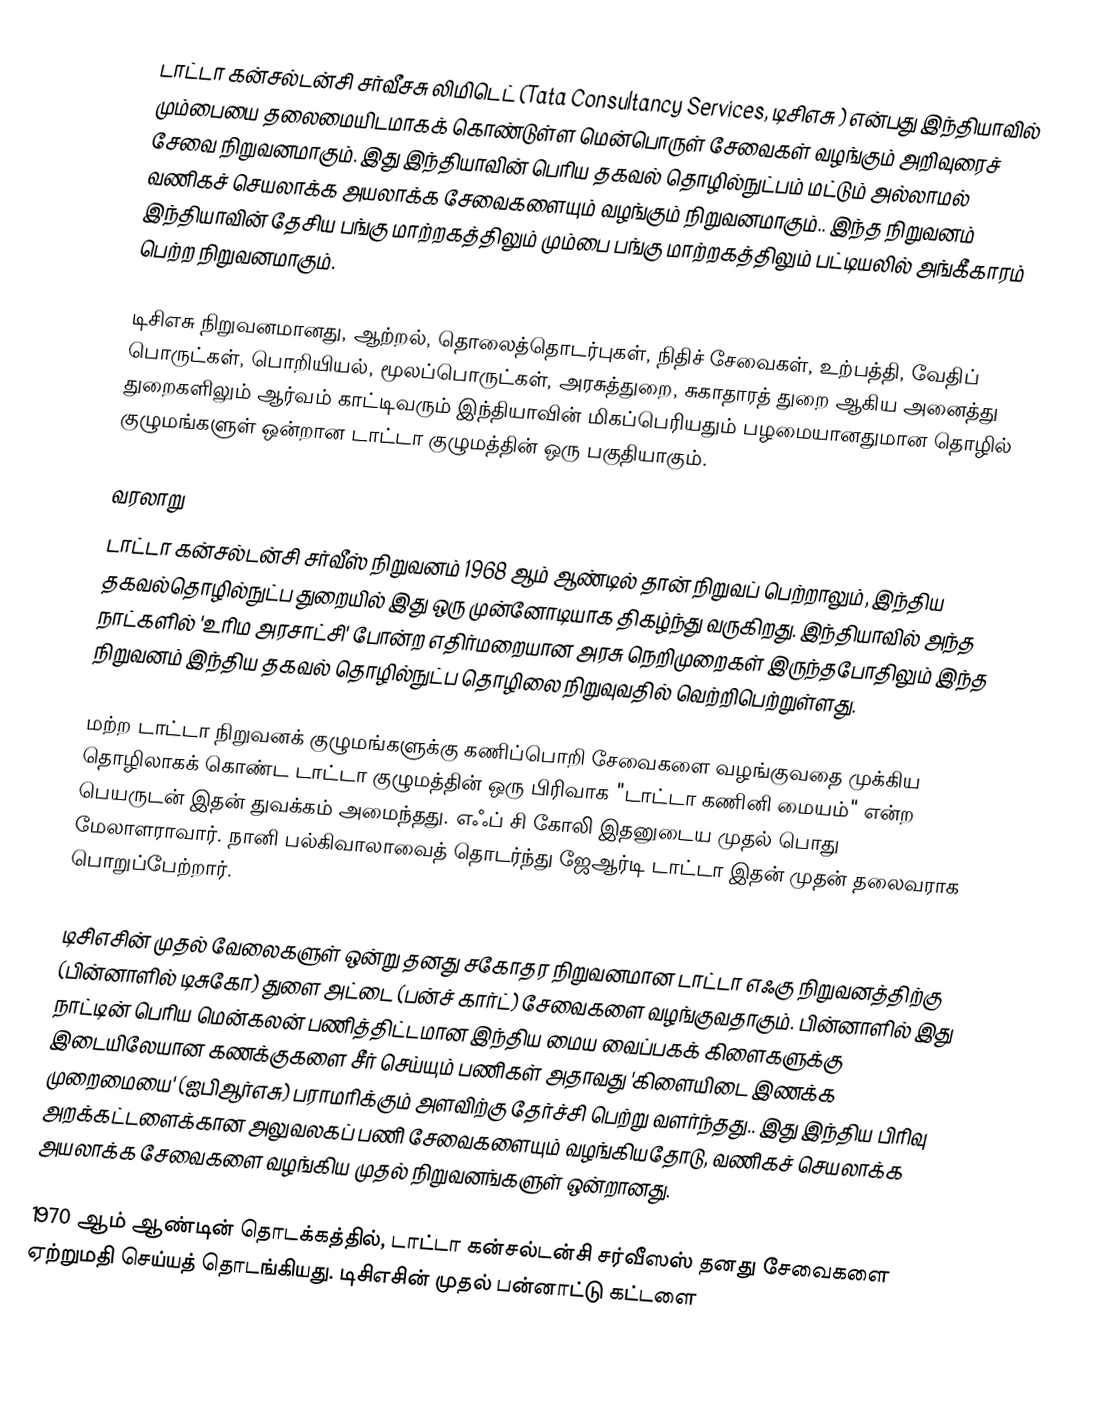
டாட்டா கன்சல்டன்சி சர்வீசசு லிமிடெட் (Tata Consultancy Services, டிசிஎசு ) என்பது இந்தியாவில் மும்பையை தலைமையிடமாகக் கொண்டுள்ள மென்பொருள் சேவைகள் வழங்கும் அறிவுரைச் சேவை நிறுவனமாகும். இது இந்தியாவின் பெரிய தகவல் தொழில்நுட்பம் மட்டும் அல்லாமல் வணிகச் செயலாக்க அயலாக்க சேவைகளையும் வழங்கும் நிறுவனமாகும்.. இந்த நிறுவனம் இந்தியாவின் தேசிய பங்கு மாற்றகத்திலும் மும்பை பங்கு மாற்றகத்திலும் பட்டியலில் அங்கீகாரம் பெற்ற நிறுவனமாகும்.

டிசிஎசு நிறுவனமானது, ஆற்றல், தொலைத்தொடர்புகள், நிதிச் சேவைகள், உற்பத்தி, வேதிப் பொருட்கள், பொறியியல், மூலப்பொருட்கள், அரசுத்துறை, சுகாதாரத் துறை ஆகிய அனைத்து துறைகளிலும் ஆர்வம் காட்டிவரும் இந்தியாவின் மிகப்பெரியதும் பழமையானதுமான தொழில் குழுமங்களுள் ஒன்றான டாட்டா குழுமத்தின் ஒரு பகுதியாகும்.

வரலாறு
டாட்டா கன்சல்டன்சி சர்வீஸ் நிறுவனம் 1968 ஆம் ஆண்டில் தான் நிறுவப் பெற்றாலும், இந்திய தகவல்தொழில்நுட்ப துறையில் இது ஒரு முன்னோடியாக திகழ்ந்து வருகிறது. இந்தியாவில் அந்த நாட்களில் 'உரிம அரசாட்சி' போன்ற எதிர்மறையான அரசு நெறிமுறைகள் இருந்தபோதிலும் இந்த நிறுவனம் இந்திய தகவல் தொழில்நுட்ப தொழிலை நிறுவுவதில் வெற்றிபெற்றுள்ளது.

மற்ற டாட்டா நிறுவனக் குழுமங்களுக்கு கணிப்பொறி சேவைகளை வழங்குவதை முக்கிய தொழிலாகக் கொண்ட டாட்டா குழுமத்தின் ஒரு பிரிவாக "டாட்டா கணினி மையம்" என்ற பெயருடன் இதன் துவக்கம் அமைந்தது. எஃப் சி கோலி இதனுடைய முதல் பொது மேலாளராவார். நானி பல்கிவாலாவைத் தொடர்ந்து ஜேஆர்டி டாட்டா இதன் முதன் தலைவராக பொறுப்பேற்றார்.

டிசிஎசின் முதல் வேலைகளுள் ஒன்று தனது சகோதர நிறுவனமான டாட்டா எஃகு நிறுவனத்திற்கு (பின்னாளில் டிசுகோ) துளை அட்டை (பன்ச் கார்ட்) சேவைகளை வழங்குவதாகும். பின்னாளில் இது நாட்டின் பெரிய மென்கலன் பணித்திட்டமான இந்திய மைய வைப்பகக் கிளைகளுக்கு இடையிலேயான கணக்குகளை சீர் செய்யும் பணிகள் அதாவது 'கிளையிடை இணக்க முறைமையை' (ஐபிஆர்எசு) பராமரிக்கும் அளவிற்கு தேர்ச்சி பெற்று வளர்ந்தது.. இது இந்திய பிரிவு அறக்கட்டளைக்கான அலுவலகப் பணி சேவைகளையும் வழங்கியதோடு, வணிகச் செயலாக்க அயலாக்க சேவைகளை வழங்கிய முதல் நிறுவனங்களுள் ஒன்றானது.

1970 ஆம் ஆண்டின் தொடக்கத்தில், டாட்டா கன்சல்டன்சி சர்வீஸஸ் தனது சேவைகளை ஏற்றுமதி செய்யத் தொடங்கியது. டிசிஎசின் முதல் பன்னாட்டு கட்டளை